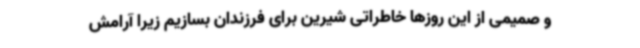
و صمیمی از این روزها خاطراتی شیرین برای فرزندان بسازیم زیرا آرامش